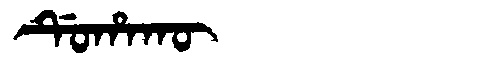
Manchu: ᡩᡠᡥᠠᡴᡡ
Romanization: DUHAKŪ